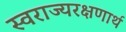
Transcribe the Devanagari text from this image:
स्वराज्यरक्षणार्थ